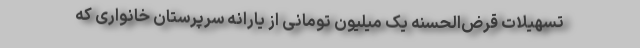
تسهیلات قرض‌الحسنه یک میلیون تومانی از یارانه سرپرستان خانواری که